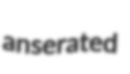
anserated